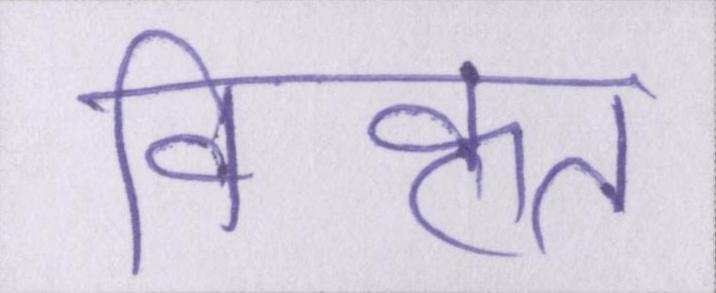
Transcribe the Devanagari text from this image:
विकृत